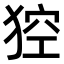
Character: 𤟄